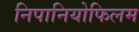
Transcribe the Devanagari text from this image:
निपानियोफिलम